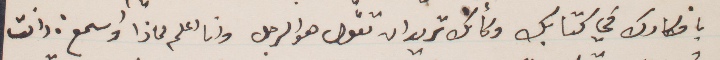
بافكارك في كتابك وكأنك تريد ان تقول هو الرجل وانا اعلم لماذا إسمع: انت